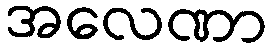
အလေဏာ